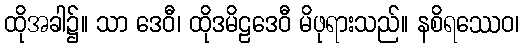
ထိုအခါ၌။ သာ ဒေဝီ၊ ထိုဒမိဠဒေဝီ မိဖုရားသည်။ နစိရဿေဝ၊